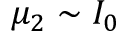
\mu _ { 2 } \sim I _ { 0 }